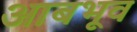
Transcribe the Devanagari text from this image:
आबभूव